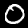
Digit: 0